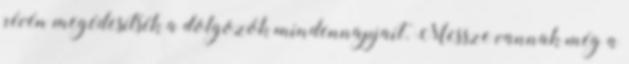
révén megédesítsék a dolgozók mindennapjait. Messze vannak még a